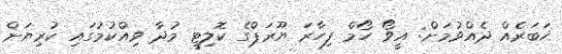
ޚަބަރެއް ދެއްވުމަށް: އީވޯ ހޯމް ފިހާރަ ޔޫރަޕްގެ ކޮލިޓީ މުދާ ވިއްކުމުގައި ކުރިޔަށް